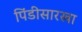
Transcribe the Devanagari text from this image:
पिंडीसारखा